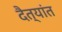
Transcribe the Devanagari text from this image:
दैत्यांत